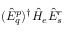
( \hat { E } _ { q } ^ { p } ) ^ { \dagger } \hat { H } _ { e } \hat { E } _ { s } ^ { r }